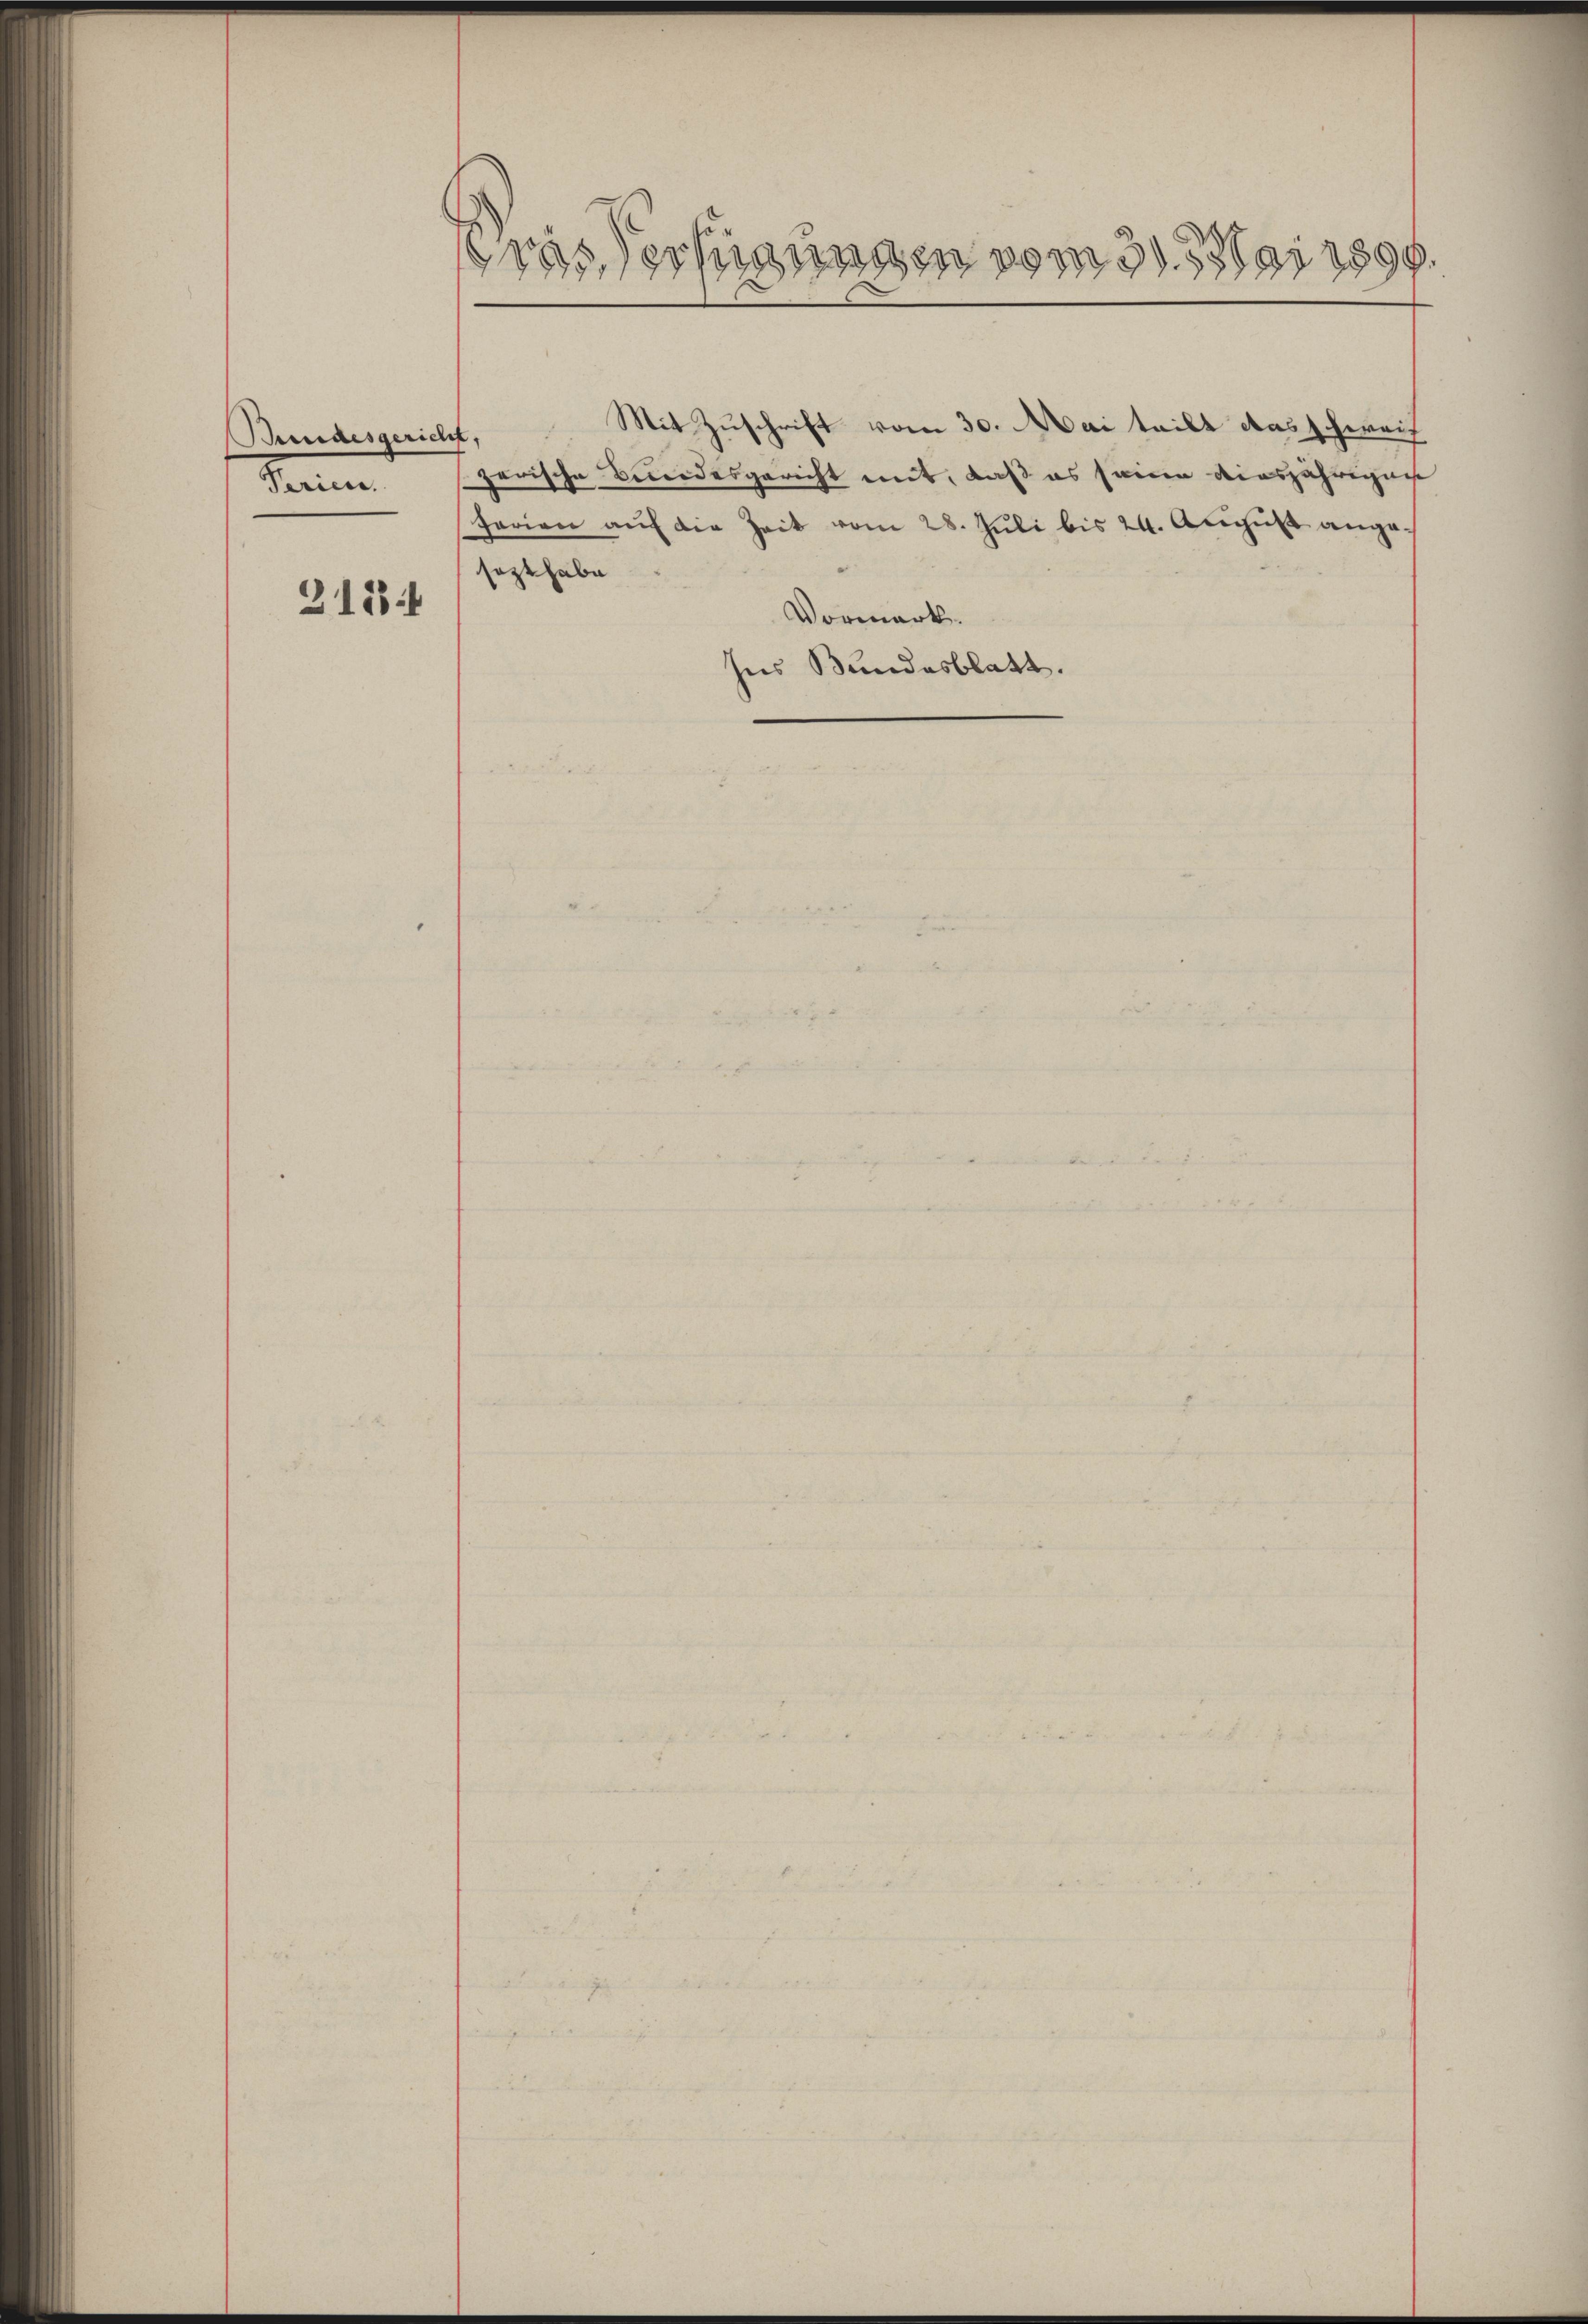
Bundesgericht
Serien.
3184

ras Verfügungen vom 31. Mai 1890.

Mit Zuschrift vom 30. Mai teilt das schweiz
.
zerische Besiedesgericht mit, daß es seine diesjährigen
ferien auf die Zeit vom 28. Juli bis 24. August angesezt habe
Vormerk.
Ins Bundesblatt.